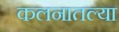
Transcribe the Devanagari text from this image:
कलनातल्या